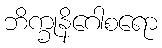
ဘိက္ခုနိဂေါစရော